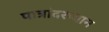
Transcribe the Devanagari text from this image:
पात्रांदरम्यान